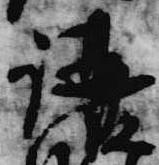
講